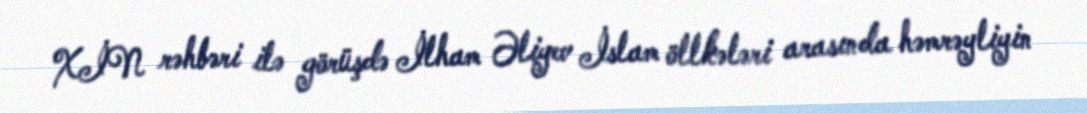
XİN rəhbəri ilə görüşdə İlham Əliyev İslam öllkələri arasında həmrəyliyin